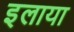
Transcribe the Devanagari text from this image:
इलाया